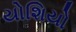
યોશિયો